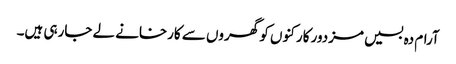
آرام دہ بسیں مزدور کارکنوں کو گھروں سے کارخانے لے جارہی ہیں۔